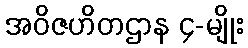
အဝိဇဟိတဌာန ၄-မျိုး